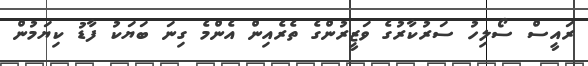
ރައީސް ސޯލިހު ސަރުކާރުގެ ވަޒީރުންގެ ތެރެއިން އެންމެ ގިނަ ބަޔަކު ފާޑު ކިޔަމުން